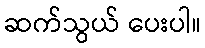
ဆက်သွယ် ပေးပါ။